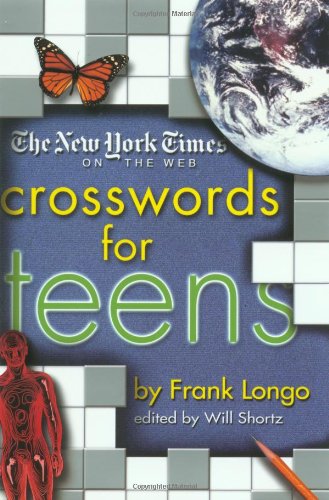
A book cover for The New York Times on the Web Crosswords for Teens (New York Times Crossword Puzzles); Frank A. Longo; Teen & Young Adult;